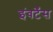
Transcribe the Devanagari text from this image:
इंवर्टेंस